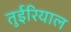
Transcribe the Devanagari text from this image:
तुईरियाल